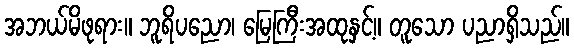
အဘယ်မိဖုရား။ ဘူရိပညော၊ မြေကြီးအထုနှင့်။ တူသော ပညာရှိသည်။